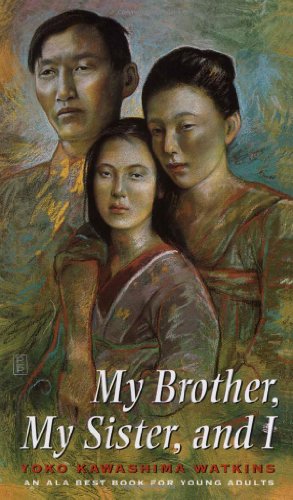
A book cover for My Brother, My Sister, and I; Yoko Kawashima Watkins; Teen & Young Adult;